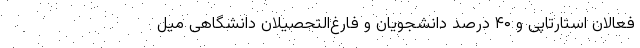
فعالان استارتاپی و ۴۰ درصد دانشجویان و فارغ‌التحصیلان دانشگاهی میل